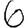
Digit: 6